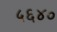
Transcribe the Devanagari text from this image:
५६४०